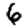
Digit: 6